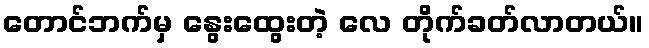
တောင်ဘက်မှ နွေးထွေးတဲ့ လေ တိုက်ခတ်လာတယ်။